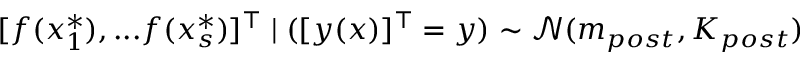
[ f ( x _ { 1 } ^ { * } ) , . . . f ( x _ { s } ^ { * } ) ] ^ { \intercal } \mid ( [ y ( x ) ] ^ { \intercal } = y ) \sim { \mathcal { N } } ( m _ { p o s t } , K _ { p o s t } )